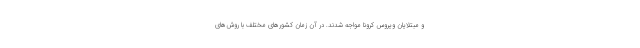
و مبتلایان ویروس کرونا مواجه شدند. در آن زمان کشورهای مختلف با روش‌های